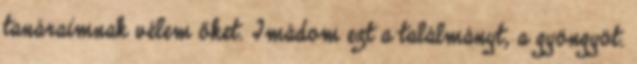
tanáraimnak vélem őket. Imádom ezt a találmányt, a gyöngyöt.